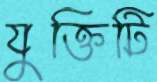
যুক্তিটি